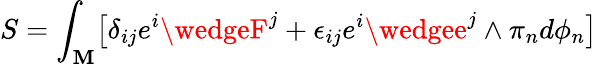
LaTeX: S=\int_{\mathbf{M}}\bigl[\delta_{ij}e^{i}\wedgeF^{j}+\epsilon_{ij}e^{i}\wedgee^{j}\wedge\pi_{n}d\phi_{n}\bigr]